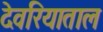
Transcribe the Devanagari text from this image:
देवरियाताल